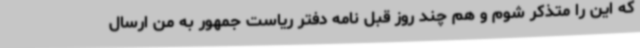
که این را متذکر شوم و هم چند روز قبل نامه دفتر ریاست جمهور به من ارسال